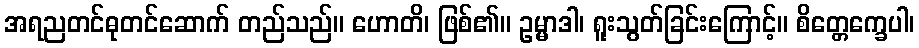
အရညတင်ဓုတင်ဆောက် တည်သည်။ ဟောတိ၊ ဖြစ်၏။ ဥမ္မာဒါ၊ ရူးသွတ်ခြင်းကြောင့်။ စိတ္တေက္ခေပါ၊